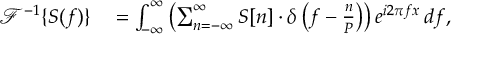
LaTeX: \begin{array} { r l } { { \mathcal { F } } ^ { - 1 } \{ S ( f ) \} } & { { } = \int _ { - \infty } ^ { \infty } \left( \sum _ { n = - \infty } ^ { \infty } S [ n ] \cdot \delta \left( f - { \frac { n } { P } } \right) \right) e ^ { i 2 \pi f x } \, d f , } \end{array}